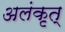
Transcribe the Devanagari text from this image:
अलंकृत्‌